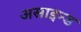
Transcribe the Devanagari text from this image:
असाइन्ड